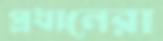
প্রধানেরা